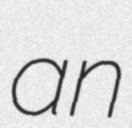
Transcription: an